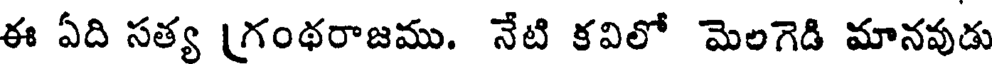
ఈ ఏది సత్య [గంథరాజము. నేటి కవిలో మెలగెడి మానవుడు